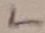
Text: L